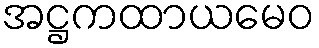
အဋ္ဌကထာယမေဝ